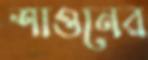
শাওনের